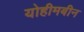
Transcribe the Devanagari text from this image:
योहीमबीन